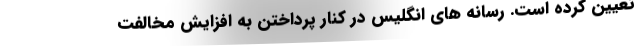
تعیین کرده است. رسانه های انگلیس در کنار پرداختن به افزایش مخالفت